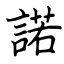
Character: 諾